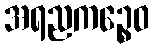
အရညကဉ္စေဝ